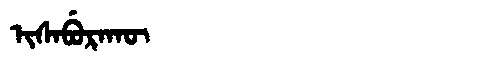
Manchu: ᡳᠰᠠᠪᡠᡵᠠᡴᡡ
Romanization: ISABURAKŪ